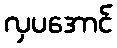
လှပအောင်